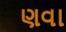
ણવા